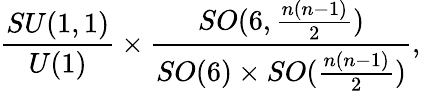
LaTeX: \frac{SU(1,1)}{U(1)}\times\frac{SO(6,\frac{n(n-1)}{2})}{SO(6)\times SO(\frac{n(n-1)}{2})},